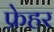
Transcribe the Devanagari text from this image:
फ्रेहर